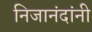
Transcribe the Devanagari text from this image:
निजानंदांनी